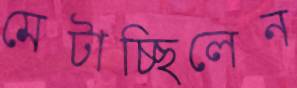
মেটাচ্ছিলেন